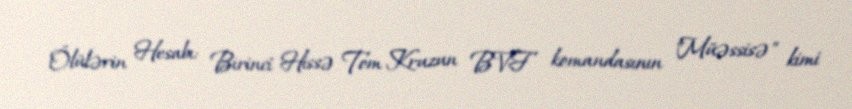
Ölülərin Hesabı: Birinci Hissə Tom Kruzun BVF komandasının "Müəssisə" kimi